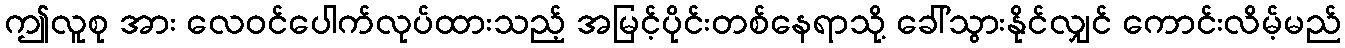
ဤလူစု အား လေဝင်ပေါက်လုပ်ထားသည့် အမြင့်ပိုင်းတစ်နေရာသို့ ခေါ်သွားနိုင်လျှင် ကောင်းလိမ့်မည်